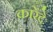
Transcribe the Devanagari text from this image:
कारेंदे